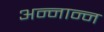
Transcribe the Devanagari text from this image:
अन्नान्न